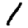
Digit: 1